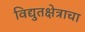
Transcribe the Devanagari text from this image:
विद्युतक्षेत्राचा